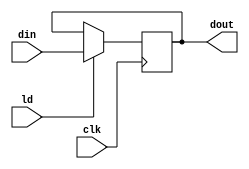
`timescale 1ns / 1ps
//////////////////////////////////////////////////////////////////////////////////
// Company: 
// Engineer: 
// 
// Design Name: 
// Module Name:    PIPO1 
// Project Name: 
// Target Devices: 
// Tool versions: 
// Description: 
//
// Dependencies: 
//
// Revision: 
// Revision 0.01 - File Created
// Additional Comments: 
//
//////////////////////////////////////////////////////////////////////////////////
module PIPO1(dout,din,ld,clk
    );
	 input [15:0] din;
	 input ld, clk;
	 output reg [15:0] dout;
	 
	 always @ (posedge clk)
	 begin
		if(ld)
		begin
		dout<=din;
		end
	 end


endmodule